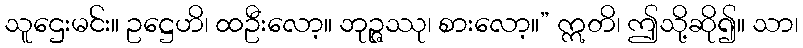
သူဌေးမင်း။ ဥဋ္ဌေဟိ၊ ထဦးလော့။ ဘုဉ္ဇဿု၊ စားလော့။” ဣတိ၊ ဤသို့ဆို၍။ သာ၊